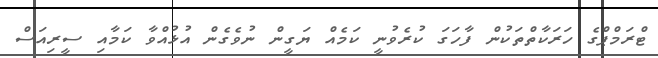
ޓްރަމްޕްގެ ހަރަކާތްތަކުން ފާހަގަ ކުރެވުނީ ކަމެއް ޔަގީން ނުވެގެން އުޅުއްވާ ކަމާއި ސީރިއަސް